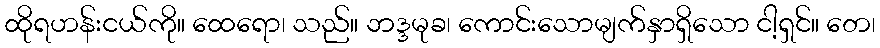
ထိုရဟန်းငယ်ကို။ ထေရော၊ သည်။ ဘဒ္ဒမုခ၊ ကောင်းသောမျက်နှာရှိသော ငါ့ရှင်။ တေ၊